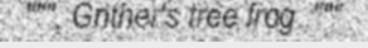
""", Gnther's tree frog ,"""